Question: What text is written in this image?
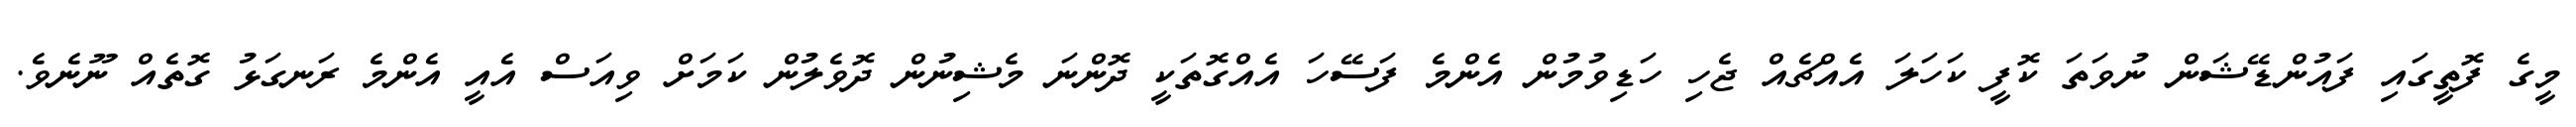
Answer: މީގެ ފޮތީގައި ފައުންޑޭޝަން ނުވަތަ ކޮފީ ކަހަލަ އެއްޗެއް ޖެހި ހަޑިވުމުން އެންމެ ފަސޭހަ އެއްގޮތަކީ ދޮންނަ މެޝިނުން ދޮވެލުން ކަމަށް ވިއަސް އެއީ އެންމެ ރަނގަޅު ގޮތެއް ނޫނެވެ.